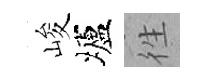
峻壚徃